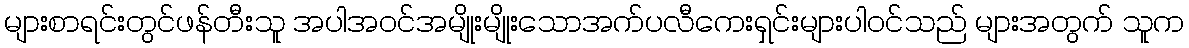
များစာရင်းတွင်ဖန်တီးသူ အပါအဝင်အမျိုးမျိုးသောအက်ပလီကေးရှင်းများပါဝင်သည် များအတွက် သူက